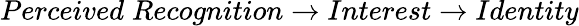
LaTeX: Perceived\; Recognition\rightarrow Interest\rightarrow Identity